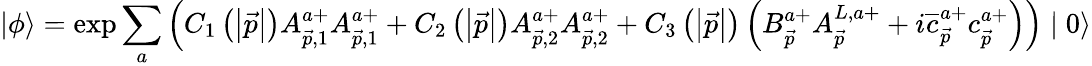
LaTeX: |\phi\rangle=\exp\sum_{a}\left(C_{1}\left(\left|\vec{p}\right|\right)A_{\vec{p},1}^{a+}A_{\vec{p},1}^{a+}+C_{2}\left(\left|\vec{p}\right|\right)A_{\vec{p},2}^{a+}A_{\vec{p},2}^{a+}+C_{3}\left(\left|\vec{p}\right|\right)\left(B_{\vec{p}}^{a+}A_{\vec{p}}^{L,a+}+i\overline{{{c}}}_{\vec{p}}^{a+}c_{\vec{p}}^{a+}\right)\right)\mid 0\rangle